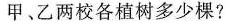
甲、乙两校各植树多少棵?